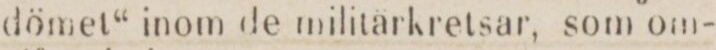
dömet“ inom de militärkretsar, som om-